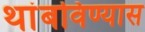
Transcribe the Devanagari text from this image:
थांबविण्यास